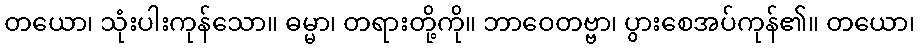
တယော၊ သုံးပါးကုန်သော။ ဓမ္မာ၊ တရားတို့ကို။ ဘာဝေတဗ္ဗာ၊ ပွားစေအပ်ကုန်၏။ တယော၊